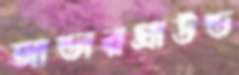
আন্ডারগ্রাউন্ড